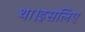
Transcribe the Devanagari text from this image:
था।इसलिए